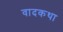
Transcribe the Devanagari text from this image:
वादकथा